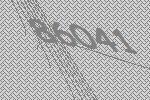
86041